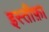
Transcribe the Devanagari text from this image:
इस्‍तीफ़ा